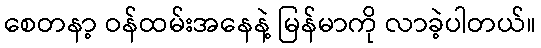
စေတနာ့ ဝန်ထမ်းအနေနဲ့ မြန်မာကို လာခဲ့ပါတယ်။